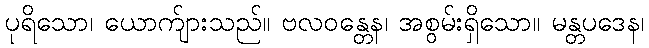
ပုရိသော၊ ယောက်ျားသည်။ ဗလဝန္တေန၊ အစွမ်းရှိသော။ မန္တပဒေန၊